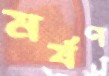
মর্ষণ